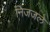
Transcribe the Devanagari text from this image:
निजजले